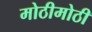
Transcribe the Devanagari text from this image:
मोठीमोठी